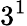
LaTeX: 3^{1}